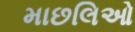
માછલિઓ